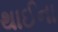
થાઈના